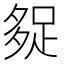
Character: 𰋓